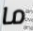
ما